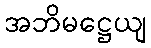
အဘိမဋ္ဌေယျ